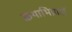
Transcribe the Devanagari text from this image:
कथाभिप्रायों